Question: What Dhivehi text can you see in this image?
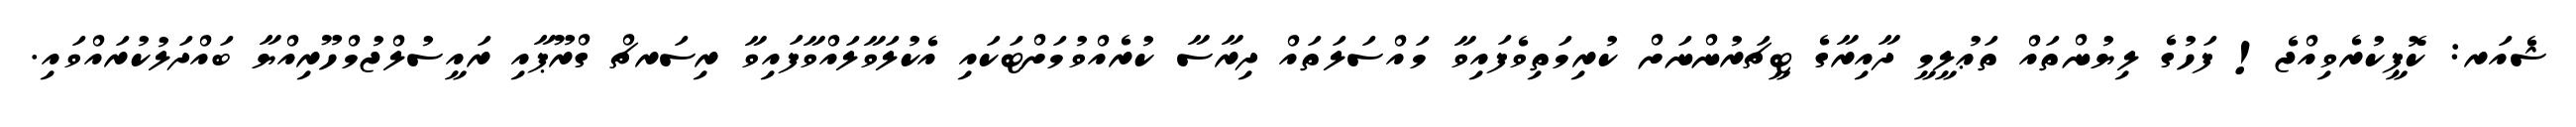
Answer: ޝެއަރ: ކޮޕީކުރެވިއްޖެ! ފަހުގެ ލިޔުންތައް ތަޢުލީމީ ދާއިރާގެ ޓީޗަރުންނަށް ކުރިމަތިވެފައިވާ މައްސަލަތައް ދިރާސާ ކުރެއްވުމަށްޓަކައި އެކުލަވާލައްވާފައިވާ ރިސަރޗް ގްރޫޕާއި ރައީސުލްޖުމްހޫރިއްޔާ ބައްދަލުކުރައްވައި.